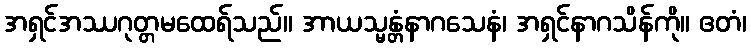
အရှင်အဿဂုတ္တမထေရ်သည်။ အာယသ္မန္တံနာဂသေနံ၊ အရှင်နာဂသိန်ကို။ ဧတံ၊